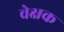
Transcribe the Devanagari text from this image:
वेक्षक